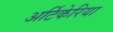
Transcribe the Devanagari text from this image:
अर्टिकेरिया